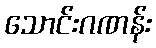
သောင်းဂဏန်း